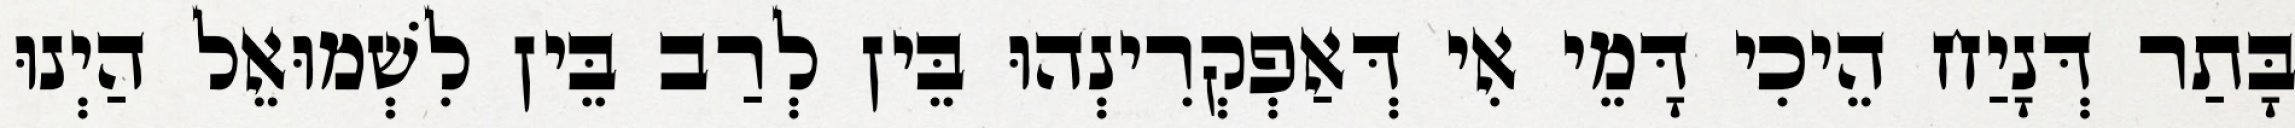
בָּתַר דְּנָיַח הֵיכִי דָּמֵי אִי דְּאַפְקְרִינְהוּ בֵּין לְרַב בֵּין לִשְׁמוּאֵל הַיְנוּ